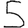
Digit: 5